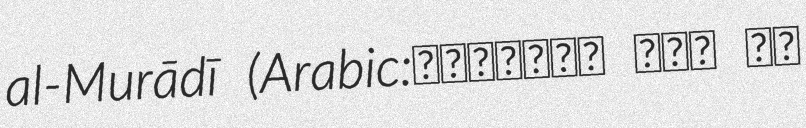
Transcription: al-Murādī (Arabic:ابوبصیر لیث بن